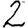
Digit: 2